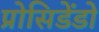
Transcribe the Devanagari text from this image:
प्रोसिडेंडो